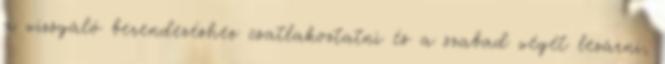
a vizsgáló berendezéshez csatlakoztatni és a szabad végét lezárni,